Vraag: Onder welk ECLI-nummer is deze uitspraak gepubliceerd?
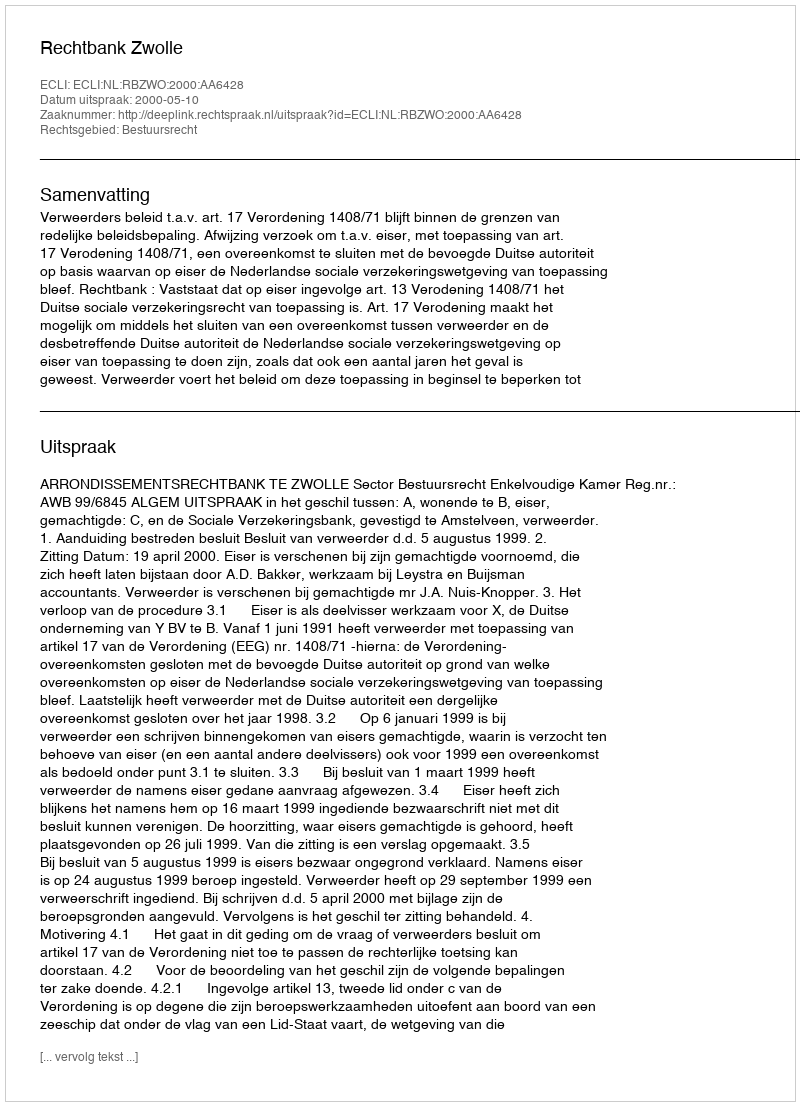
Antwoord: ECLI:NL:RBZWO:2000:AA6428